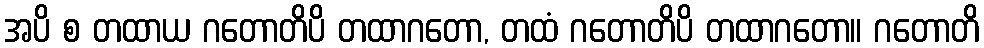
အပိ စ တထာယ ဂတောတိပိ တထာဂတော, တထံ ဂတောတိပိ တထာဂတော။ ဂတောတိ